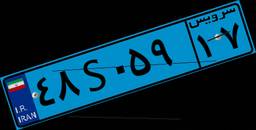
۹۴S۰۹۴۸۱